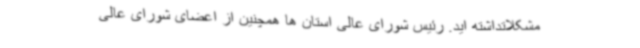
مشکلاتداشته اید. رئیس شورای عالی استان ها همچنین از اعضای شورای عالی